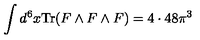
\int d ^ { 6 } x \mathrm { T r } ( F \wedge F \wedge F ) = 4 \cdot 4 8 \pi ^ { 3 }